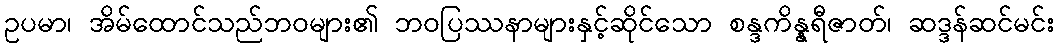
ဥပမာ၊ အိမ်ထောင်သည်ဘဝများ၏ ဘဝပြဿနာများနှင့်ဆိုင်သော စန္ဒကိန္နရီဇာတ်၊ ဆဒ္ဒန်ဆင်မင်း